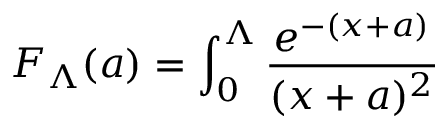
F _ { \Lambda } ( a ) = \int _ { 0 } ^ { \Lambda } \frac { e ^ { - ( x + a ) } } { ( x + a ) ^ { 2 } }